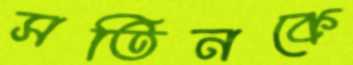
সতিনকে